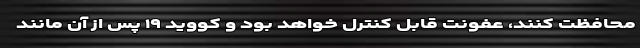
محافظت کنند، عفونت قابل کنترل خواهد بود و کووید ۱۹ پس از آن مانند